Indian journal of veterinary science and animal husbandry - Volume 1,
Year: 1931
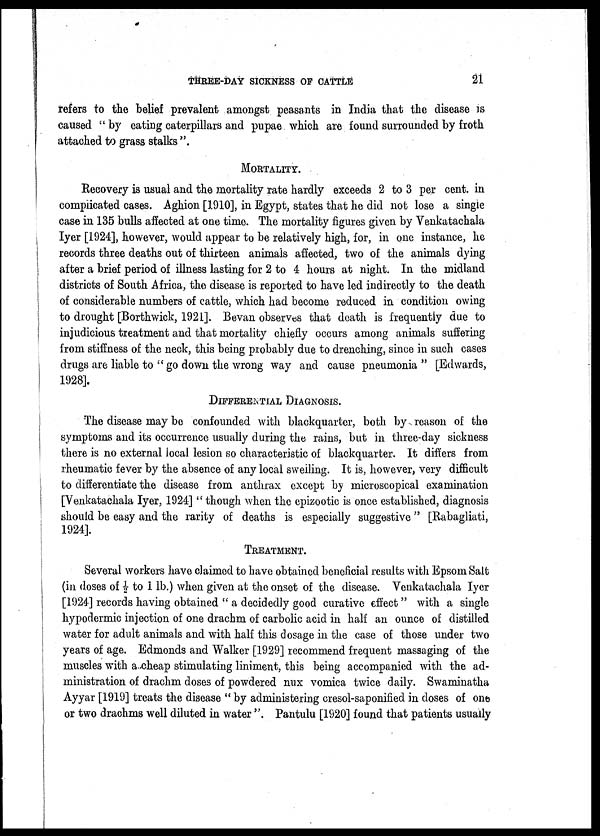
THREE-DAY SICKNESS OF CATTLE
21
refers to the belief prevalent amongst peasants in India that the disease is
caused " by eating caterpillars and pupae which are found surrounded by froth
attached to grass stalks ".
MORTALITY.
Recovery is usual and the mortality rate hardly exceeds 2 to 3 per cent. in
complicated cases. Aghion [1910], in Egypt, states that he did not lose a single
case in 135 bulls affected at one time. The mortality figures given by Venkatachala
Iyer [1924], however, would appear to be relatively high, for, in one instance, he
records three deaths out of thirteen animals affected, two of the animals dying
after a brief period of illness lasting for 2 to 4 hours at night. In the midland
districts of South Africa, the disease is reported to have led indirectly to the death
of considerable numbers of cattle, which had become reduced in condition owing
to drought [Borthwick, 1921]. Bevan observes that death is frequently due to
injudicious treatment and that mortality chiefly occurs among animals suffering
from stiffness of the neck, this being probably due to drenching, since in such cases
drugs are liable to "go down the wrong way and cause pneumonia " [Edwards,
1928].
DIFFERENTIAL DIAGNOSIS.
The disease may be confounded with blackquarter, both by reason of the
symptoms and its occurrence usually during the rains, but in three-day sickness
there is no external local lesion so characteristic of blackquarter. It differs from
rheumatic fever by the absence of any local swelling. It is, however, very difficult
to differentiate the disease from anthrax except by microscopical examination
[Venkatachala Iyer, 1924] " though when the epizootic is once established, diagnosis
should be easy and the rarity of deaths is especially suggestive" [Rabagliati,
1924].
TREATMENT.
Several workers have claimed to have obtained beneficial results with Epsom Salt
(in doses of ½ to 1 lb.) when given at the onset of the disease. Venkatachala Iyer
[1924] records having obtained " a decidedly good curative effect " with a single
hypodermic injection of one drachm of carbolic acid in half an ounce of distilled
water for adult animals and with half this dosage in the case of those under two
years of age. Edmonds and Walker [1929] recommend frequent massaging of the
muscles with a cheap stimulating liniment, this being accompanied with the ad-
ministration of drachm doses of powdered nux vomica twice daily. Swaminatha
Ayyar [1919] treats the disease " by administering cresol-saponified in doses of one
or two drachms well diluted in water ". Pantulu [1920] found that patients usually